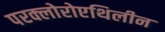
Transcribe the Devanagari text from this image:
परक्लोरोएथिलीन